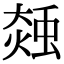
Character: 𧌝